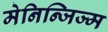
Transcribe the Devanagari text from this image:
मेनिन्जिज्म